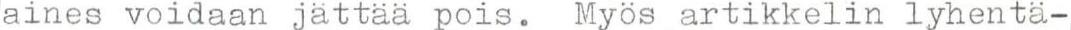
aines voidaan jättää pois. Myös artikkelin lyhentä-